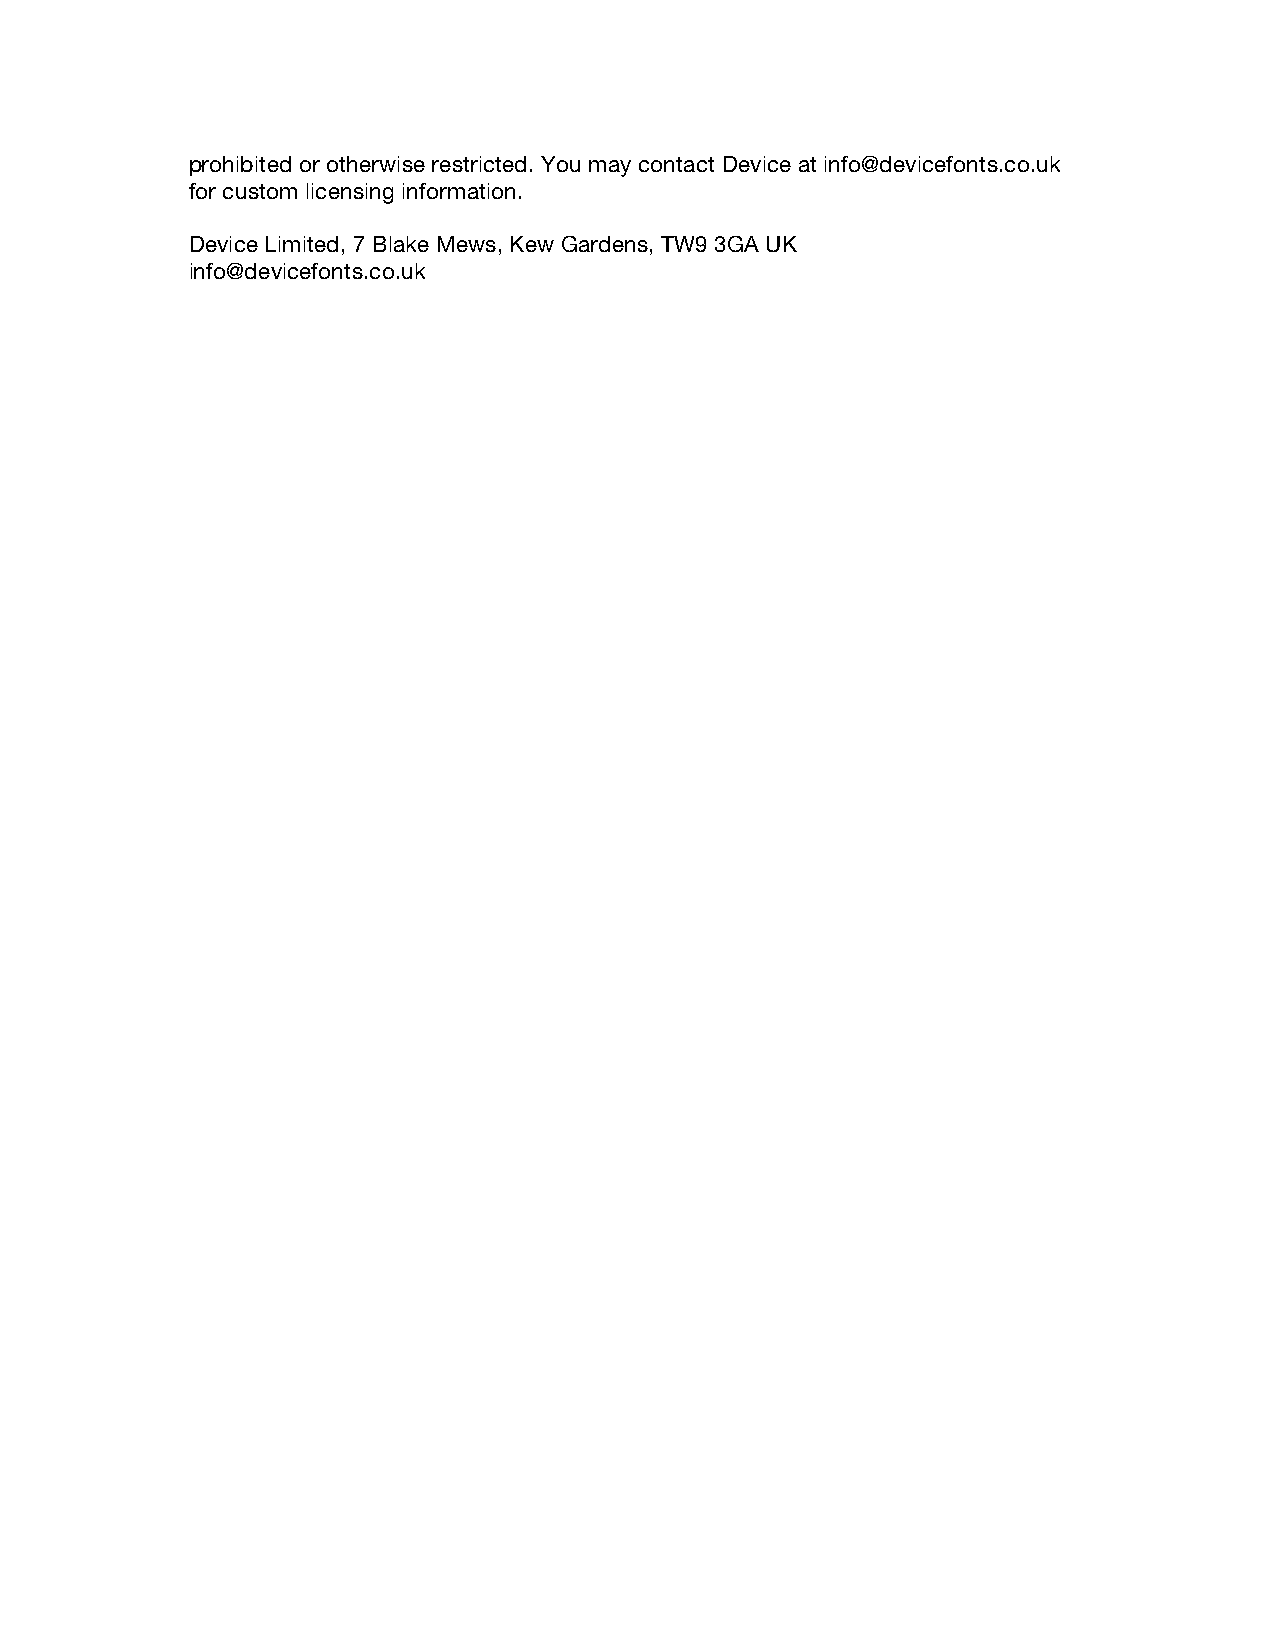
prohibited or otherwise restricted. You may contact Device at info@devicefonts.co.uk
 for custom licensing information.
 Device Limited, 7 Blake Mews, Kew Gardens, TW9 3GA UK
 info@devicefonts.co.uk